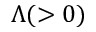
\Lambda ( > 0 )